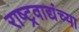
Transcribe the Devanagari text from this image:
राष्ट्रवाद्यंच्या